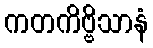
ကတကိဗ္ဗိသာနံ